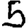
Digit: 5